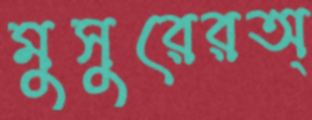
মুসুরেরঅ্